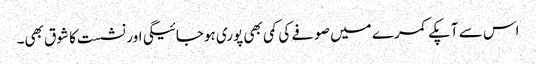
اس سے آپکے کمرے میں صوفے کی کمی بھی پوری ہوجائیگی اور نشست کا شوق بھی۔